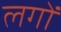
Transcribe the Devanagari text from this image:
लगों